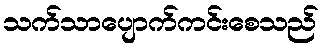
သက်သာပျောက်ကင်းစေသည်